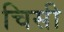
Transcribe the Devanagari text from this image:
चिसी